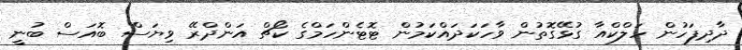
ދާދިފަހުން ހަލްކްއާ ގުޅޭގޮތުން ވާހަކަދައްކަމުން ޓޮޓެންހަމްގެ ކޯޗް އަންދްރޭ ވިޔަސް ބޮއަސް ބުނީ